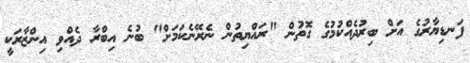
ފަނޑިޔާރުގެ އަށް ބިރުދެއްކުމުގެ ގޮތުން "ރައްޔިތުން ނެރޭނެކަމަށް" ބުނެ އިބްރާ ދެއްވި އިންޒާރަކީ